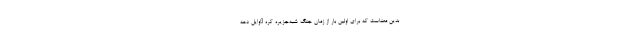
بدین معناست که برای اولین بار از زمان جنگ شبه‌جزیره کره [اوایل دهه